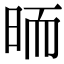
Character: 𣆝